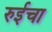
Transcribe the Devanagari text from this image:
रुईचा